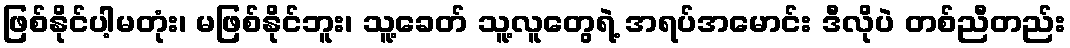
ဖြစ်နိုင်ပါ့မတုံး၊ မဖြစ်နိုင်ဘူး၊ သူ့ခေတ် သူ့လူတွေရဲ့ အရပ်အမောင်း ဒီလိုပဲ တစ်ညီတည်း